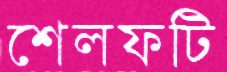
শেলফটি